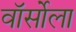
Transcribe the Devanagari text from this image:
वॉर्सोला